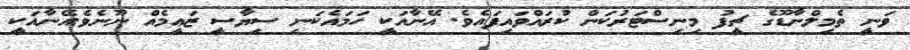
ވަނީ ތެމިލްނާޑޫގެ ޗީފު މިނިސްޓަރުކަން ކުރައްވައިފައެވެ. އޭނާއަކީ ހަމައެކަނި ސިޔާސީ ޒަޢީމެއް ނޫނެވެ.އޭނާއަކީ